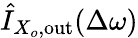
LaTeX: \hat{I}_{X_{o},\mathrm{out}}(\Delta\omega)